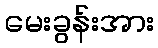
မေးခွန်းအား